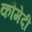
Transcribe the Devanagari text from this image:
कौमेदी